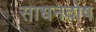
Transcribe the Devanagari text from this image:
साधनदोष